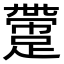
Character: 䠠